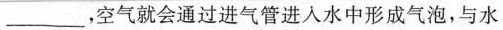
___空气就会通过进气管进入水中形成气泡，与水